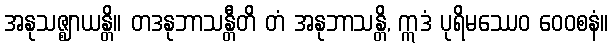
အနုသဇ္ဈာယန္တိ။ တဒနုဘာသန္တီတိ တံ အနုဘာသန္တိ, ဣဒံ ပုရိမဿေဝ ဝေဝစနံ။